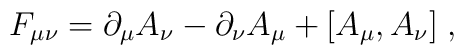
F_{\mu\nu} = \partial_{\mu} A_{\nu} - \partial_{\nu} A_{\mu}+ [A_{\mu}, A_{\nu}] \; ,